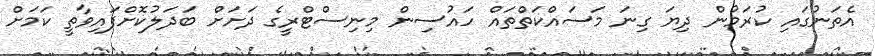
އެތަނުގައި ކުރަމުން ދިޔަ ގިނަ މަސައްކަތްތައް ހައުސިން މިނިސްޓްރީގެ ދަށަށް ބަދަލުކޮށްފައިވާތީ ކަމަށް